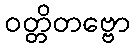
ဝတ္တိတဗ္ဗော